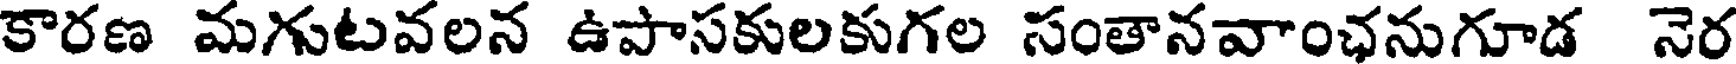
కారణ మగుటవలన ఉపాసకులకుగల సంతానవాంఛనుగూడ నెర